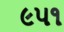
૯૫૧